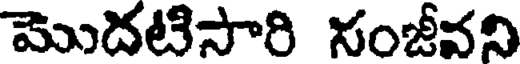
మొదటిసారి నంజీవని